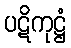
ပဋိကုဋ္ဌံ